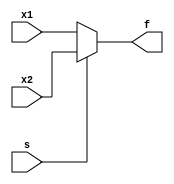
`timescale 1ns / 1ps
//////////////////////////////////////////////////////////////////////////////////

// ID     : N180116
//Branch  : ECE
//Project : RTL design using Verilog
//Design  : D Latch By 2x1 Mux
//Module  : Mux_2x1
//RGUKT NUZVID 
//////////////////////////////////////////////////////////////////////////////////


module Mux_2x1(x1,x2,s,f);
input x1,x2,s;
output reg f;

always@(x1,x2,s) 
begin
    if(s)
        f=x2;
    else if(!s)
        f=x1;
    else
        f=1'bx;
end
endmodule